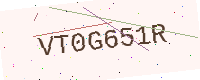
Text: VT0G651R